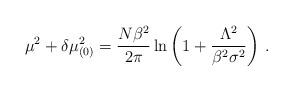
LaTeX: \begin{align*}\mu^2 + \delta\mu_{(0)}^2 = \frac{N\beta^2}{2\pi} \ln\left(1 + \frac{\Lambda^2}{\beta^2\sigma^2}\right)\,.\end{align*}